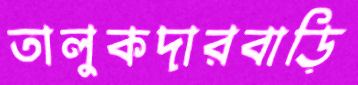
তালুকদারবাড়ি